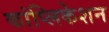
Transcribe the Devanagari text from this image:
कांप्लिकेशन